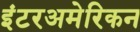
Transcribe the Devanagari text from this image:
इंटरअमेरिकन